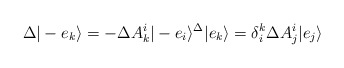
\begin{align*}\Delta |-e_k\rangle = -\Delta A_k^i |-e_i\rangle \sp\Delta |e_k\rangle = \delta^k_i \Delta A_j^i |e_j \rangle\end{align*}